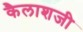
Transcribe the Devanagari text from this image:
कैलाशजी